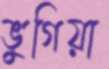
ভুগিয়া